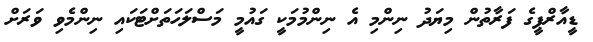
ޑީއާރްޕީގެ ފަރާތުން މިޔަދު ނިންމި އެ ނިންމުމަކީ ގައުމީ މަސްލަހަތަށްޓަކައި ނިންމެވި ވަރަށް